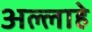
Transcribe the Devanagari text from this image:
अल्लाहे